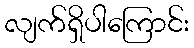
လျက်ရှိပါကြောင်း